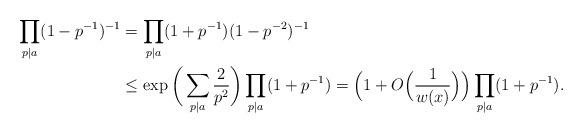
LaTeX: \begin{align*}\prod_{p|a} (1 - p^{-1})^{-1} &=\prod_{p|a} (1 + p^{-1})(1 - p^{-2})^{-1} \\&\leq \exp\bigg( \sum_{p|a} \frac{2}{p^2}\bigg) \prod_{p|a} (1 + p^{-1}) =\Big(1+ O\Big(\frac{1}{w(x)}\Big)\Big) \prod_{p|a} (1 + p^{-1}).\end{align*}